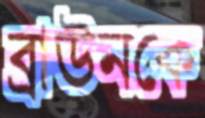
ব্রাউনকে